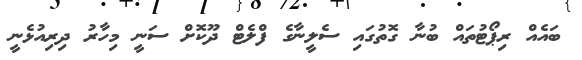
ބައެއް ރިޕޯޓުތައް ބުނާ ގޮތުގައި ސެލީނާގެ ފްލެޓް ދޫކޮށް ސަނީ މިހާރު ދިރިއުޅެނީ